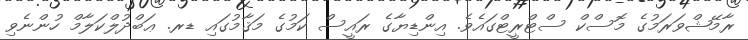
ރާމޭޝްވަރަމުގެ މޮސްކް ސްޓްރީޓްގައެވެ. އިންޑިޔާގެ ރައީސް ކަމުގެ މަޤާމުގައި ޑރ. ޢަބްދުލްކަލާމް ހުންނެވި